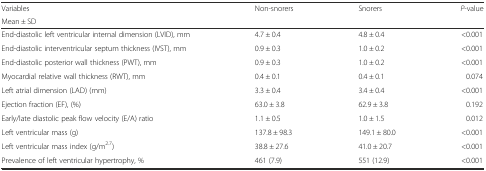
| Variables | Non-snorers | Snorers | P-value |
 | Mean ± SD |  |  |  |
 | --- | --- | --- | --- |
 | End-diastolic left ventricular internal dimension (LVID), mm | 4.7 ± 0.4 | 4.8 ± 0.4 | <0.001 |
 | End-diastolic interventricular septum thickness (IVST), mm | 0.9 ± 0.3 | 1.0 ± 0.2 | <0.001 |
 | End-diastolic posterior wall thickness (PWT), mm | 0.9 ± 0.3 | 1.0 ± 0.2 | <0.001 |
 | Myocardial relative wall thickness (RWT), mm | 0.4 ± 0.1 | 0.4 ± 0.1 | 0.074 |
 | Left atrial dimension (LAD) (mm) | 3.3 ± 0.4 | 3.4 ± 0.4 | <0.001 |
 | Ejection fraction (EF), (%) | 63.0 ± 3.8 | 62.9 ± 3.8 | 0.192 |
 | Early/late diastolic peak flow velocity (E/A) ratio | 1.1 ± 0.5 | 1.0 ± 1.5 | 0.012 |
 | Left ventricular mass (g) | 137.8 ± 98.3 | 149.1 ± 80.0 | <0.001 |
 | Left ventricular mass index (g/m2.7) | 38.8 ± 27.6 | 41.0 ± 20.7 | <0.001 |
 | Prevalence of left ventricular hypertrophy, % | 461 (7.9) | 551 (12.9) | <0.001 |